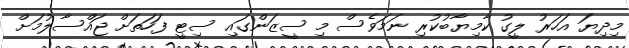
މިދިޔަ އަހަރު ލީގު ކާމިޔާބުކުރި ނަމަވެސް މި ސީޒަންގައި ސިޓީ ފަހަތަށް ޖައްސާލުމަށް